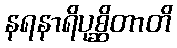
နရနာရိပုစ္ဆိတာတိ